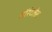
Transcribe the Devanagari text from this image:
वॉरंटलेस